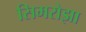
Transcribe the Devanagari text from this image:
सिमरोझा